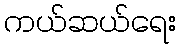
ကယ်ဆယ်ရေး